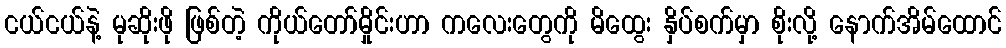
ငယ်ငယ်နဲ့ မုဆိုးဖို ဖြစ်တဲ့ ကိုယ်တော်မှိုင်းဟာ ကလေးတွေကို မိထွေး နှိပ်စက်မှာ စိုးလို့ နောက်အိမ်ထောင်